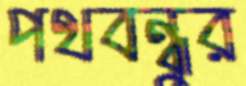
পথবন্ধুর